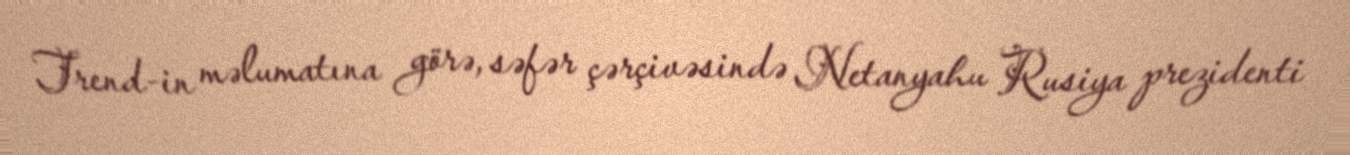
Trend-in məlumatına görə, səfər çərçivəsində Netanyahu Rusiya prezidenti